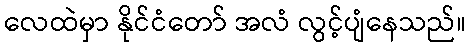
လေထဲမှာ နိုင်ငံတော် အလံ လွင့်ပျံနေသည်။